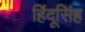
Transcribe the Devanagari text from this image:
हिंदूसिंह